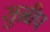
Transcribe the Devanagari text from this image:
सुग्रीप